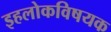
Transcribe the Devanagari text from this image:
इहलोकविषयक